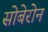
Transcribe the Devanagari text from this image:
सोबेरोन